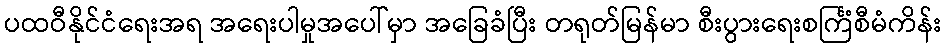
ပထဝီနိုင်ငံရေးအရ အရေးပါမှုအပေါ်မှာ အခြေခံပြီး တရုတ်မြန်မာ စီးပွားရေးစင်္ကြံစီမံကိန်း